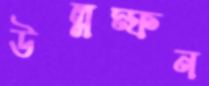
উল্লম্ফন